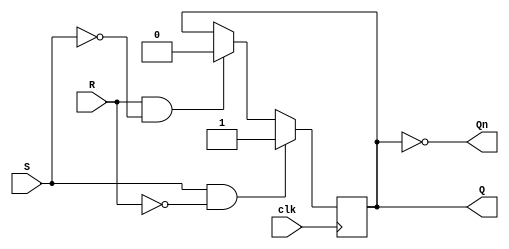
module sr_flipflop (
    input S,   // set input
    input R,   // reset input
    input clk, // clock input
    output reg Q,  // Q output
    output reg Qn  // Qn output
);

reg Q_next; // next state of Q

always @(posedge clk) begin
    if (S && !R) begin // set condition
        Q_next <= 1;
    end else if (R && !S) begin // reset condition
        Q_next <= 0;
    end else begin // hold condition
        Q_next <= Q;
    end
end

assign Q = Q_next;
assign Qn = ~Q;

endmodule